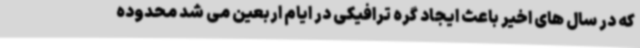
که در سال های اخیر باعث ایجاد گره ترافیکی در ایام اربعین می شد محدوده